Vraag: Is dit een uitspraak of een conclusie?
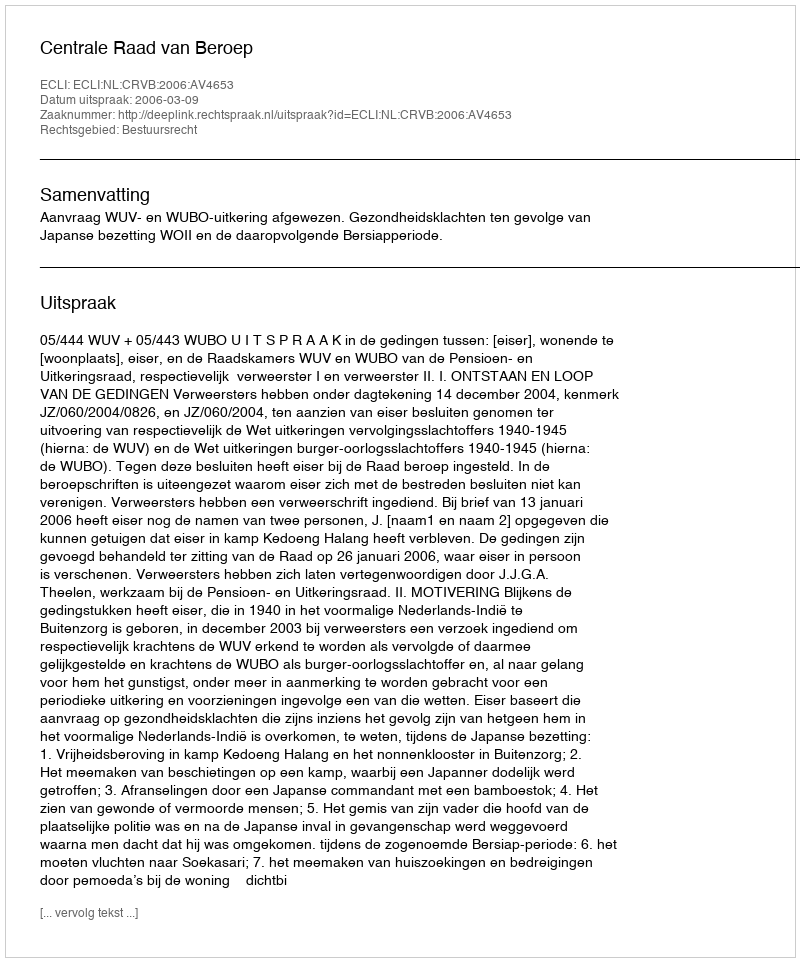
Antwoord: Uitspraak